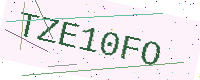
Text: TZE10FO